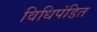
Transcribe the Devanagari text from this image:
विधिपंडित